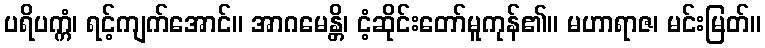
ပရိပက္ကံ၊ ရင့်ကျက်အောင်။ အာဂမေန္တိ၊ ငံ့ဆိုင်းတော်မူကုန်၏။ မဟာရာဇ၊ မင်းမြတ်။